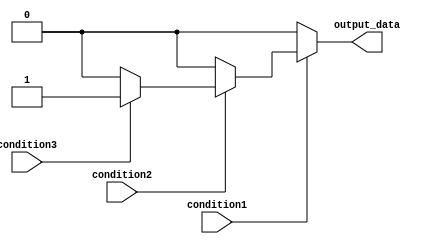
module nested_if_else (
    input wire condition1,
    input wire condition2,
    input wire condition3,
    output reg output_data
);

always @*
begin
    if (condition1)
    begin
        if (condition2)
        begin
            if (condition3)
                output_data <= 1;
            else
                output_data <= 0;
        end
        else
            output_data <= 0;
    end
    else
        output_data <= 0;
end

endmodule